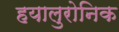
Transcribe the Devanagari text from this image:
हयालुरोनिक